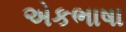
એકભાષા